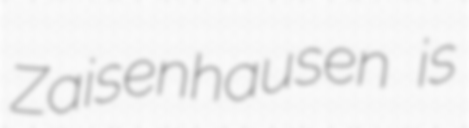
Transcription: Zaisenhausen is